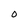
Character: O